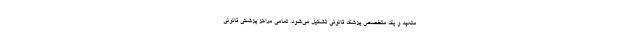
متعهد و یک متخصص پزشک قانونی تشکیل می‌شود. تمامی مراکز پزشکی قانونی